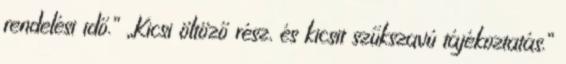
rendelési idő.” „Kicsi öltöző rész, és kicsit szűkszavú tájékoztatás.”